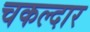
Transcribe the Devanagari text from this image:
चकल्दार